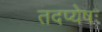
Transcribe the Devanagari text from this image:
तदप्येषः